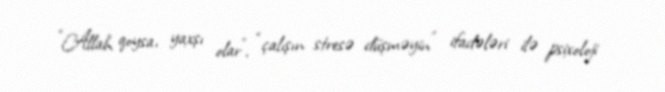
“Allah qoysa, yaxşı olar”, “çalışın stresə düşməyin” ifadələri ilə psixoloji